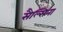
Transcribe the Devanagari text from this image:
सैल्सिना